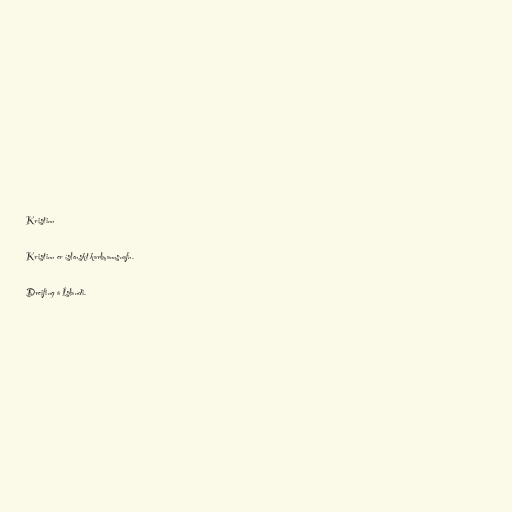
Kristinn

Kristinn er íslenskt karlmannsnafn.

Dreifing á Íslandi.